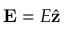
\mathbf { E } = E \hat { \mathbf { z } }